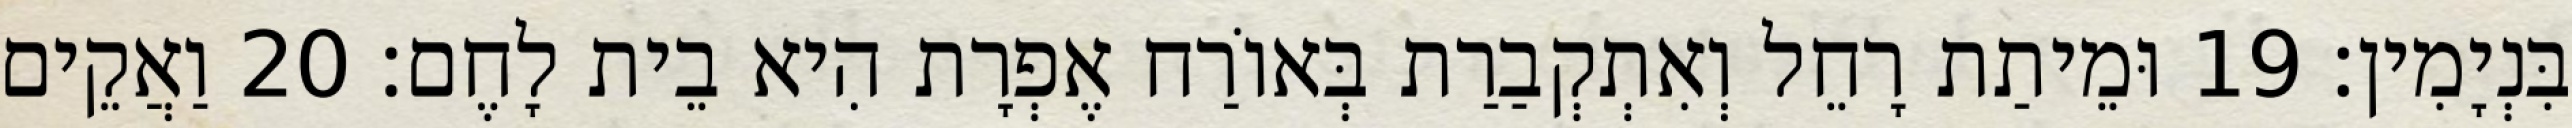
בִּנְיָמִין׃ 19 וּמֵיתַת רָחֵל וְאִתְקְבַרַת בְּאוֹרַח אֶפְרָת הִיא בֵית לָחֶם׃ 20 וַאֲקֵים